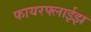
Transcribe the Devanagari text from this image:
फायरफ्लाईझ